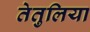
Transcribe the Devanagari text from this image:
तेतुलिया